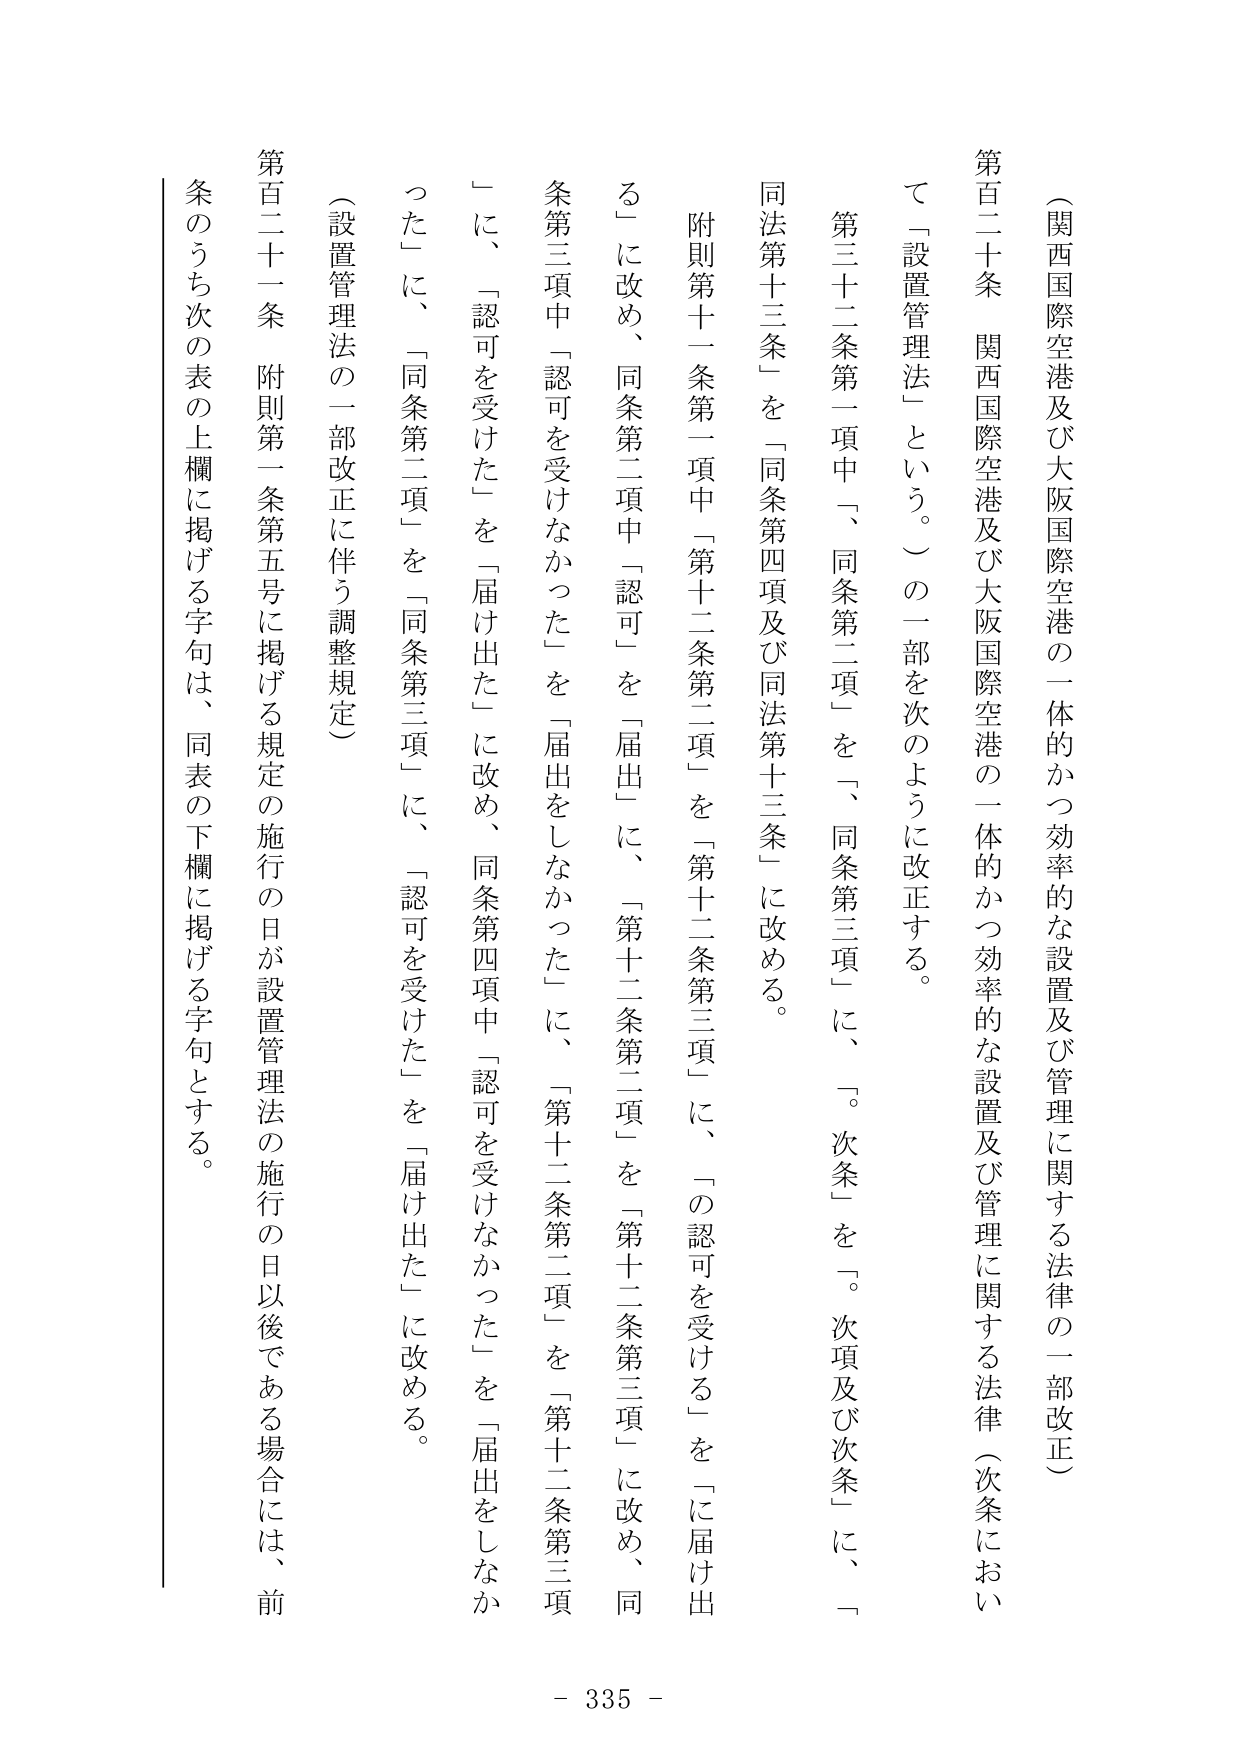
（関西国際空港及び大阪国際空港の一体的かつ効率的な設置及び管理に関する法律の一部改正）

第百二十条　関西国際空港及び大阪国際空港の一体的かつ効率的な設置及び管理に関する法律（次条において「設置管理法」という。）の一部を次のように改正する。

第三十二条第一項中「、同条第二項」を「、同条第三項」に、「。次条」を「。次項及び次条」に、「同法第十三条」を「同条第四項及び同法第十三条」に改める。

附則第十一条第一項中「第十二条第二項」を「第十二条第三項」に、「の認可を受ける」を「に届け出る」に改め、同条第二項中「認可」を「届出」に、「第十二条第二項」を「第十二条第三項」に改め、同条第三項中「認可を受けなかった」を「届出をしなかった」に、「第十二条第二項」を「第十二条第三項」に、同条第四項中「認可を受けなかった」を「届出をしなかった」に改め、同条第二項」を「同条第三項」に、「認可を受けた」を「届け出た」に改める。

（設置管理法の一部改正に伴う調整規定）

第百二十一条　附則第一条第五号に掲げる規定の施行の日が設置管理法の施行の日以後である場合には、前条のうち次の表の上欄に掲げる字句は、同表の下欄に掲げる字句とする。

- 335 -